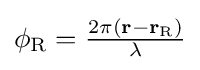
{\textstyle \phi _{\text{R}}={\frac {2\pi (\mathbf {r} -\mathbf {r} _{\text{R}})}{\lambda }}}